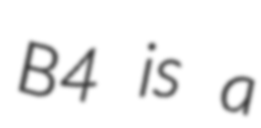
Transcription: B4 is a